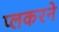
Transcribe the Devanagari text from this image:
प्लकरने